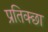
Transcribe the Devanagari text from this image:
प्रतिक्छा